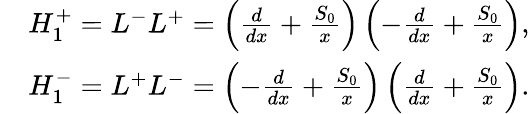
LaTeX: \begin{array}{rl}&{H_{1}^{+}=L^{-}L^{+}=\left(\frac{d}{dx}+\frac{S_{0}}{x}\right)\left(-\frac{d}{dx}+\frac{S_{0}}{x}\right),}\\ &{H_{1}^{-}=L^{+}L^{-}=\left(-\frac{d}{dx}+\frac{S_{0}}{x}\right)\left(\frac{d}{dx}+\frac{S_{0}}{x}\right).}\end{array}